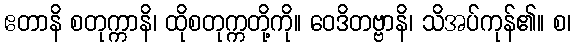
ဧတာနိ စတုက္ကာနိ၊ ထိုစတုက္ကတို့ကို။ ဝေဒိတဗ္ဗာနိ၊ သိအပ်ကုန်၏။ စ၊